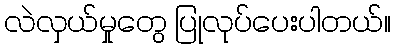
လဲလှယ်မှုတွေ ပြုလုပ်ပေးပါတယ်။